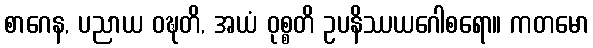
စာဂေန, ပညာယ ဝဍ္ဎတိ, အယံ ဝုစ္စတိ ဥပနိဿယဂေါစရော။ ကတမော